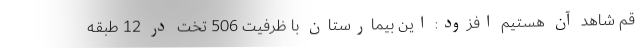
قم شاهد آن هستیم افزود: این بیمارستان با ظرفیت 506 تخت در 12 طبقه